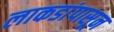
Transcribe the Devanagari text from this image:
लाकडांपासून